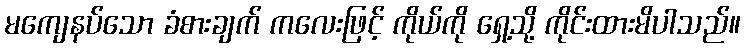
မကျေနပ်သော ခံစားချက် ကလေးဖြင့် ကိုယ်ကို ရှေ့သို့ ကိုင်းထားမိပါသည်။